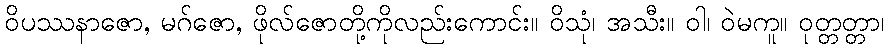
ဝိပဿနာဇော, မဂ်ဇော, ဖိုလ်ဇောတို့ကိုလည်းကောင်း။ ဝိသုံ၊ အသီး။ ဝါ၊ ဝဲမကူ။ ဝုတ္တတ္တာ၊